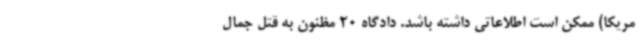
مریکا) ممکن است اطلاعاتی داشته باشد. دادگاه 20 مظنون به قتل جمال